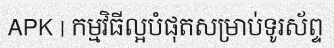
APK | កម្មវិធីល្អបំផុតសម្រាប់ទូរស័ព្ទ